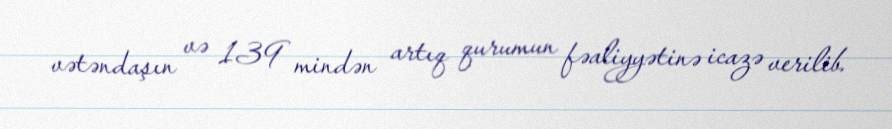
vətəndaşın və 139 mindən artıq qurumun fəaliyyətinə icazə verilib.